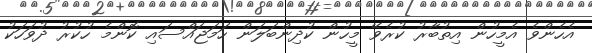
އެހެންވެ އެމީހުން އިތުބާރު ކުރެވޭ މީހުން ކުދިންބަލަން ހަމަޖައްސައި ކޮންމެ ހުކުރު ދުވަހަކު